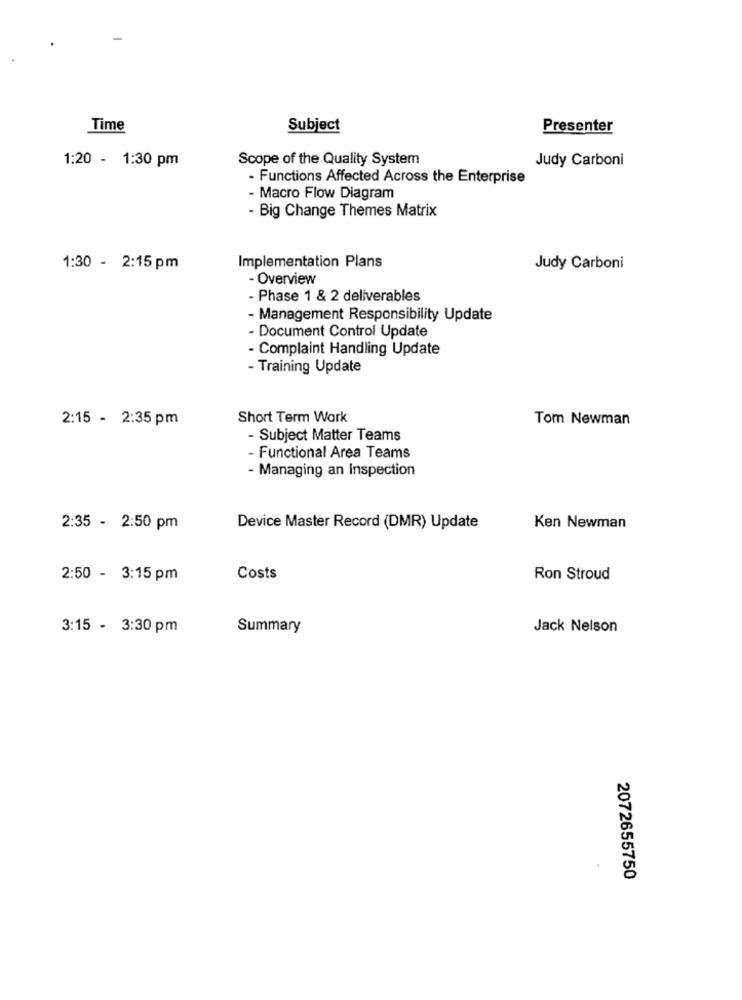
Time
Subject
Presenter
1:20 - 1:30 pm
Scope of the Quality System
Judy Carboni
- Functions Affected Across the Enterprise
- Macro Flow Diagram
- Big Change Themes Matrix
1:30 - 2:15 pm
Implementation Plans
Judy Carboni
· Overview
- Phase 1 & 2 deliverables
- Management Responsibility Update
- Document Control Update
- Complaint Handling Update
- Training Update
2:15 - 2:35 pm
Short Term Work
Tom Newman
- Subject Matter Teams
- Functional Area Teams
- Managing an Inspection
2:35 - 2:50 pm
Device Master Record (DMR) Update
Ken Newman
2:50 - 3:15 pm
Costs
Ron Stroud
3:15 - 3:30 pm
Summary
Jack Nelson
2072655750